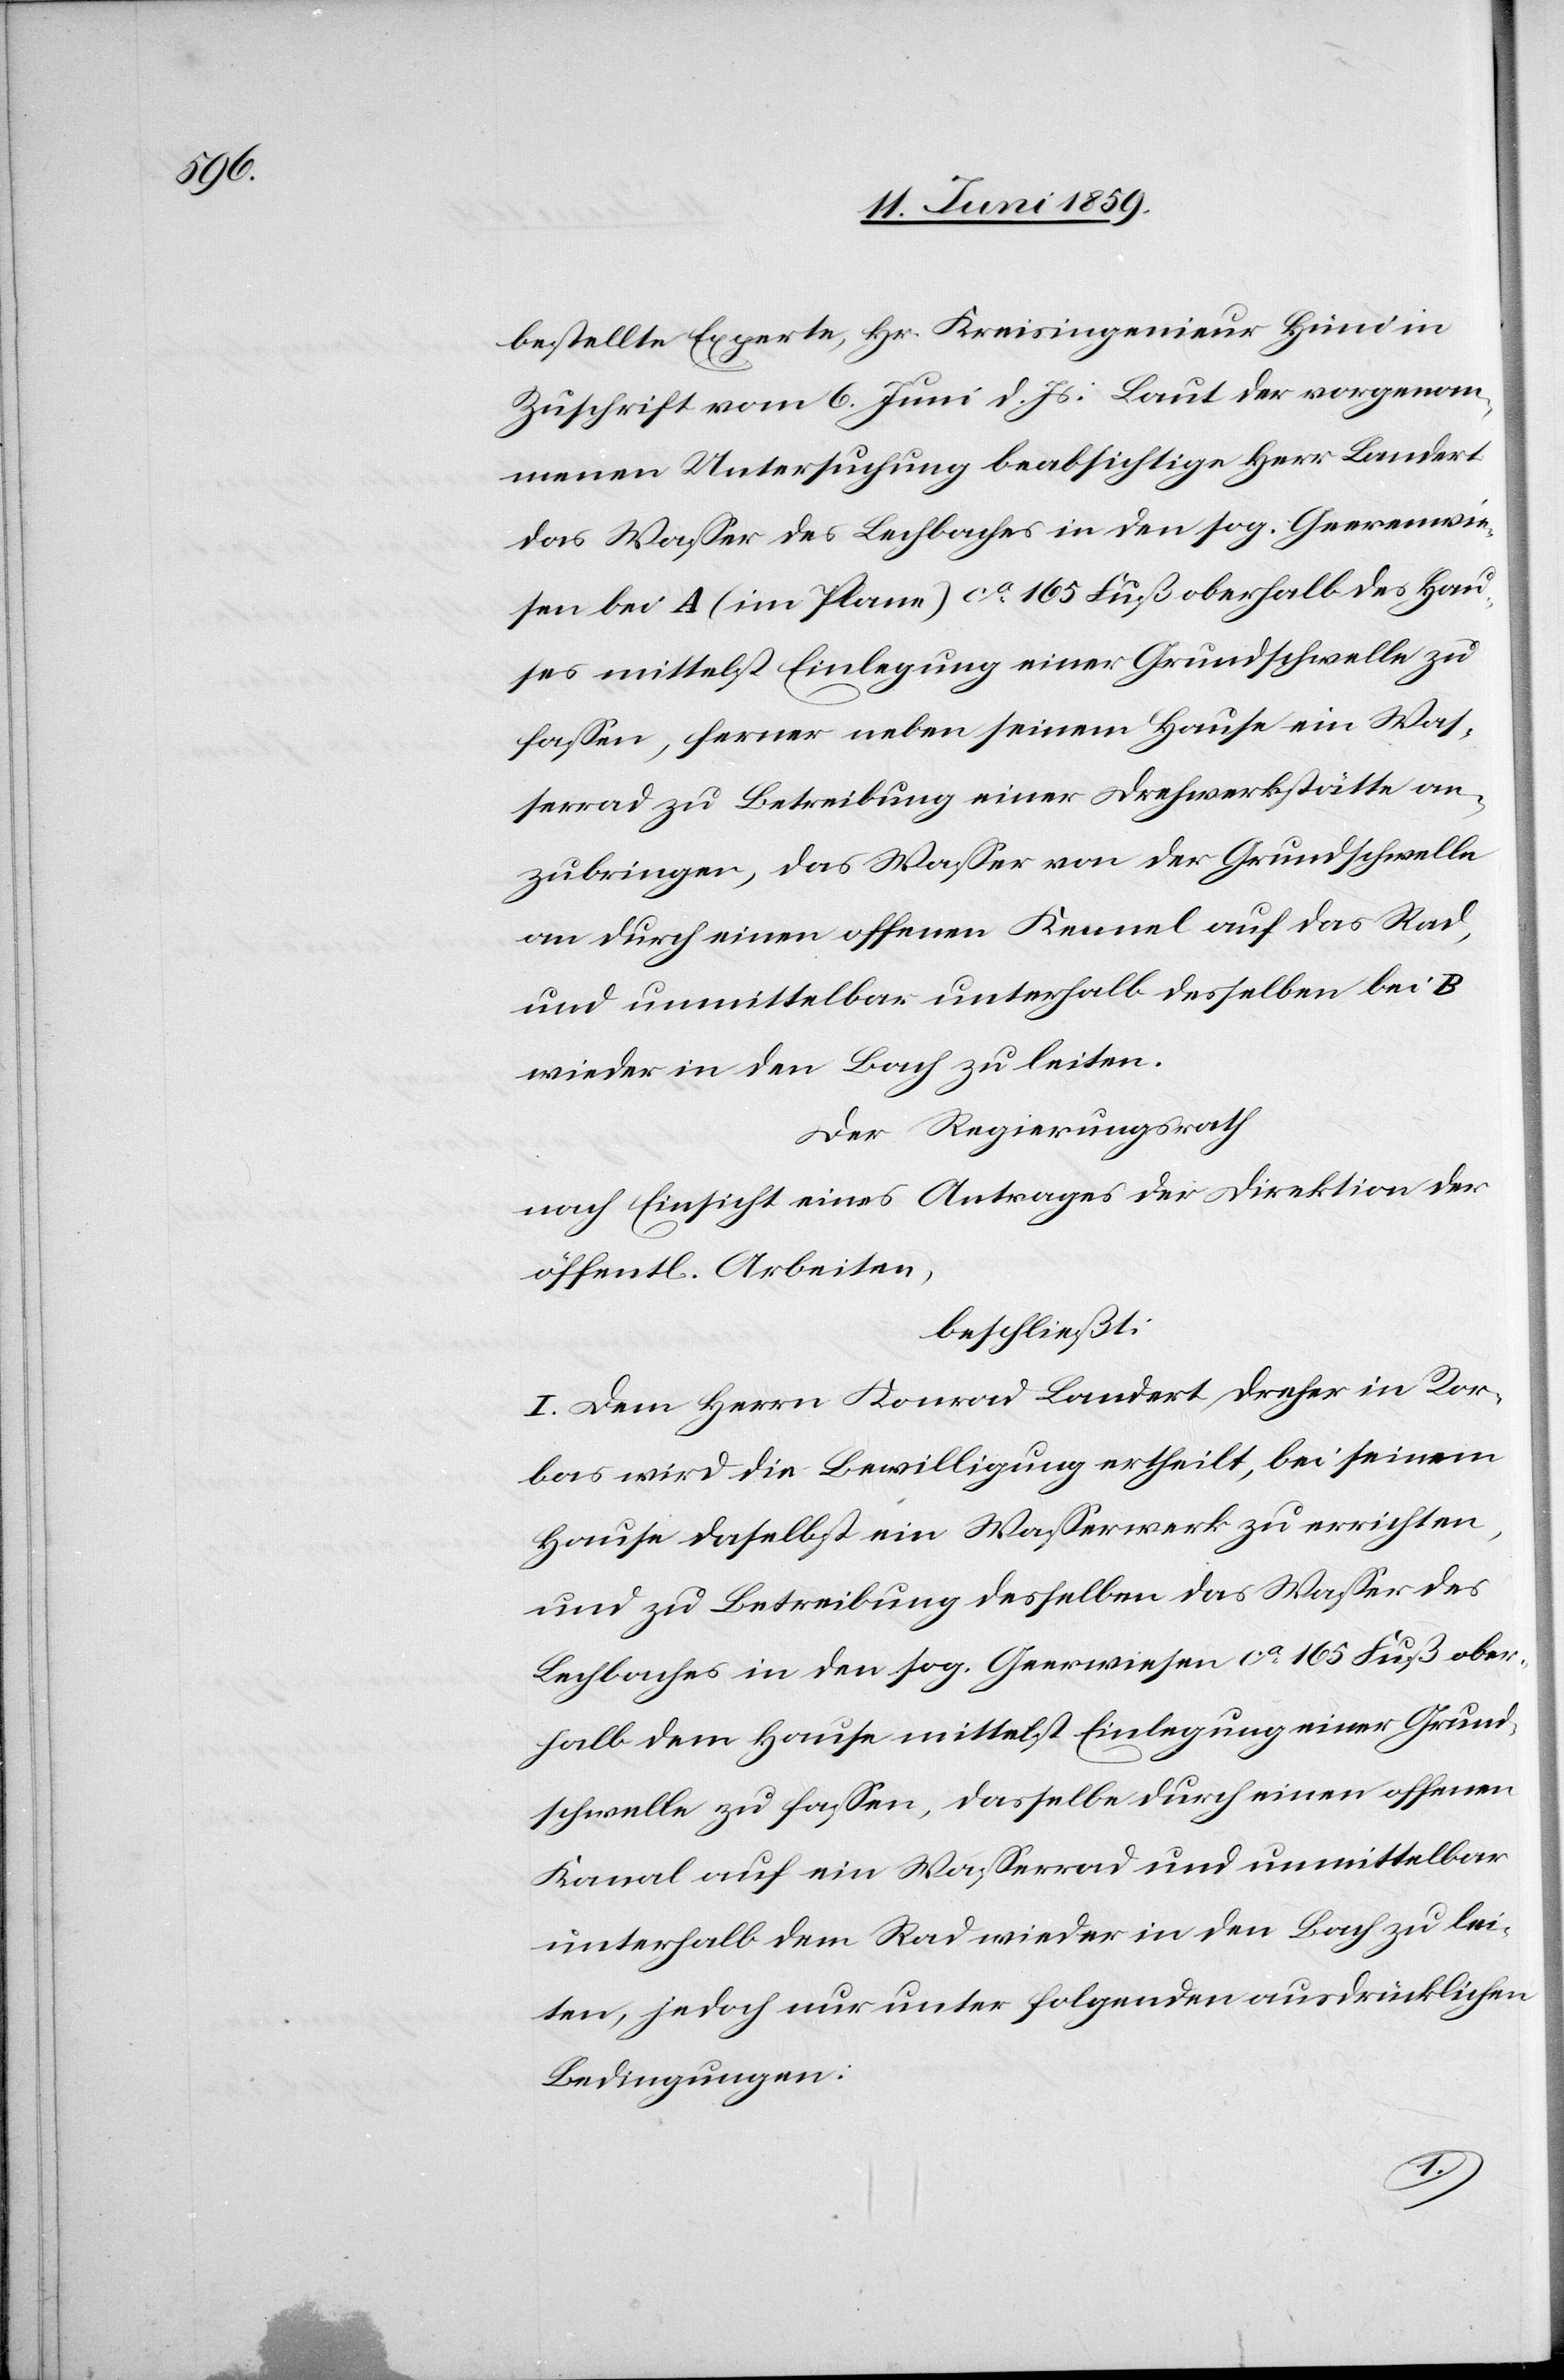
bestellte Experte, Hr. Kreisingenieur Hüni in
Zuschrift vom 6. Juni d. Js: Laut der vorgenom¬
menen Untersuchung beabsichtige Herr Landert
das Wasser des Lechbaches in den sog. Geerenwie¬
sen bei A (im Plane) ca 165 Fuß oberhalb des Hau¬
ses mittelst Einlegung einer Grundschwelle zu
fassen, ferner neben seinem Hause ein Was¬
serrad zu Betreibung einer Drehwerkstätte an¬
zubringen, das Wasser von der Grundschwelle
an durch einen offenen Kennel auf das Rad,
und unmittelbar unterhalb desselben bei B
wieder in den Bach zu leiten.
Der Regierungsrath
nach Einsicht eines Antrages der Direktion der
öffentl. Arbeiten,
beschließt:
I. Dem Herrn Konrad Landert Dreher in Ror¬
bas wird die Bewilligung ertheilt, bei seinem
Hause daselbst ein Wasserwerk zu errichten,
und zu Betreibung desselben das Wasser des
Lechbaches in den sog. Geerwiesen ca 165 Fuß ober¬
halb dem Hause mittelst Einlegung einer Grund¬
schwelle zu fassen, dasselbe durch einen offenen
Kanal auf ein Wasserrad und unmittelbar
unterhalb dem Rad wieder in den Bach zu lei¬
ten, jedoch nur unter folgenden ausdrücklichen
Bedingungen: